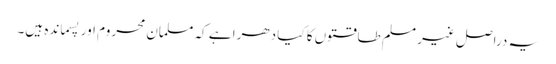
یہ دراصل غیر مسلم طاقتوں کا کیا دھرا ہے کہ مسلمان محروم اور پسماندہ ہیں۔